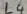
Text: L4